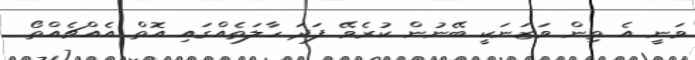
ވަނީ އެ ތިން ވަޒަނަކީ ބޭނުން ކުރެވޭ ފަދަ ހާލަތެއްގައި އޮތް އެއްޗެއްތޯ